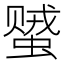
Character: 𬠠